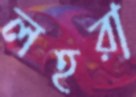
লহরা